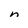
Character: n